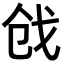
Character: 戗